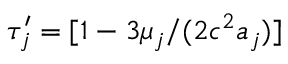
\tau _ { j } ^ { \prime } = [ 1 - 3 \mu _ { j } / ( 2 c ^ { 2 } a _ { j } ) ]